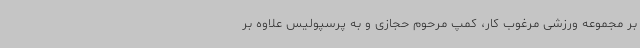
بر مجموعه ورزشی مرغوب کار، کمپ مرحوم حجازی و به پرسپولیس علاوه بر